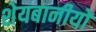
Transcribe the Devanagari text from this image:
शेयबानीयों